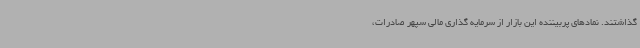
گذاشتند. نمادهای پربیننده این بازار از سرمایه گذاری مالی سپهر صادرات،